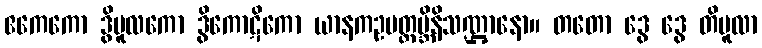
ဧကေကော ဒွိမူလကော ဒွိကောဋိကော ယာနကဥပတ္ထမ္ဘိနိသဏ္ဌာနော။ တတော ဒွေ ဒွေ တိမူလာ